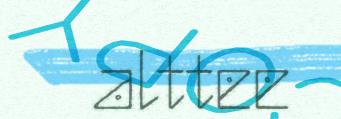
alttee